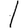
Digit: 1